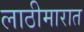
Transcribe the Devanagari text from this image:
लाठीमारात